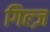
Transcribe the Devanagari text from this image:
गिल्ज़